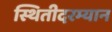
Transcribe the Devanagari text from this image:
स्थितीदरम्यान